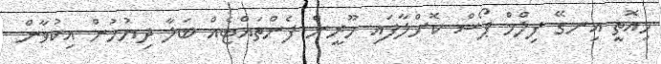
މިއޮތީ އިނގޭ ފިލްމް ޕޯސް ކޮށްލާފައި ހޫރީން ފެންތައްޓެއް ބަލާ ދިޔުމުން އިކުވާން